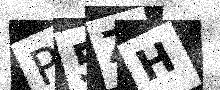
Text: P5ZH